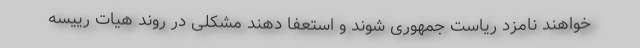
خواهند نامزد ریاست جمهوری شوند و استعفا دهند مشکلی در روند هیات رییسه